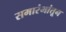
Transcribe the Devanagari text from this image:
समारंभांतून